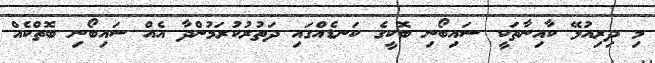
މި ދިރިއުޅޭ ކާއިނާތަކީ ސައިބޯނި ބޮކީގެ ކަނޑެއްގައި ދަތުރުކުރަމުންދާ އެއް ސައިބޯނި ބޮތްކެއް